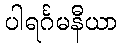
ပါရင်္ဂမနီယာ